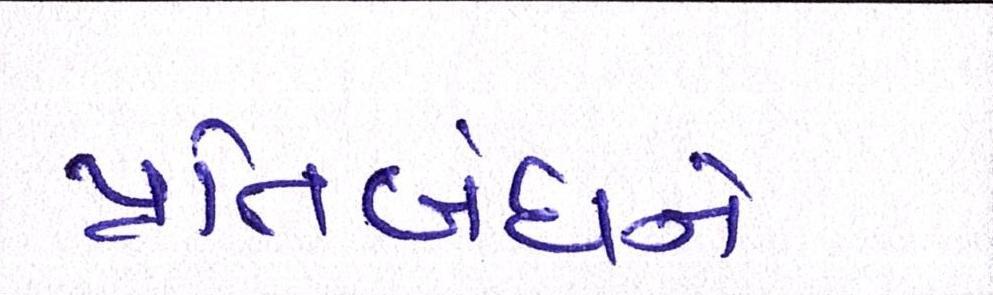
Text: પ્રતિબંધને